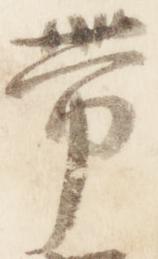
帯